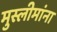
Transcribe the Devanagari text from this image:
मुस्लीमांना